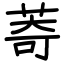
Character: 䓫